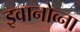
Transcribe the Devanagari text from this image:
इवानोव्ना